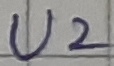
Text: U2